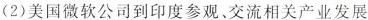
(2)美国微软公司到印度参观。交流相关产业发展